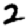
Digit: 2